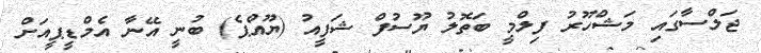
ޖަލްސާގައި މަޝްހޫރު ފިލްމީ ބަތޮލު ޔޫސުފް ޝަފީއު (ޔޫއްޕެ) ބުނީ އޭނާ އެމްޑީޕީއަށް